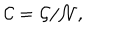
LaTeX: { \cal C } = { \cal G } / { \cal N } ,